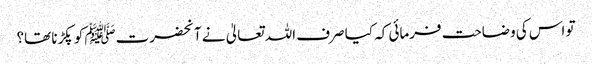
تو اس کی وضاحت فرمائی کہ کیا صرف اللہ تعالیٰ نے آنحضرتﷺ کو پکڑنا تھا؟